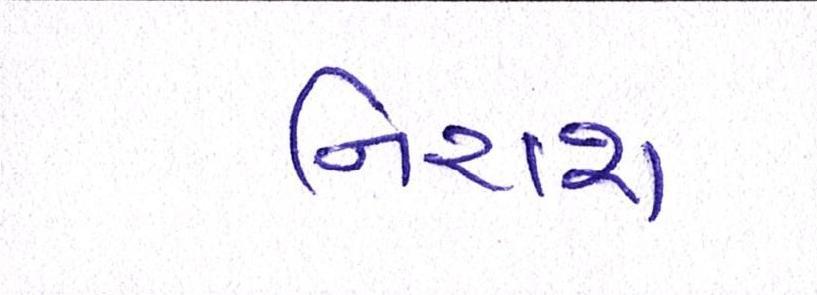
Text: નિરાશ